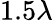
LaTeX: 1.5\lambda